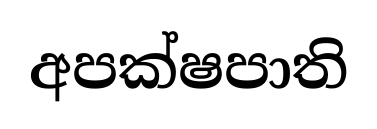
අපක්ෂපාති